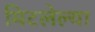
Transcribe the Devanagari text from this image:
मिटलेल्या